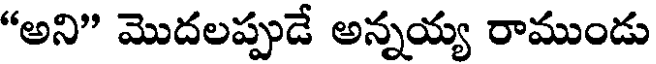
"అని" మొదలప్పుడే అన్నయ్య రాముండు